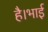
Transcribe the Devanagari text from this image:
है।भाई